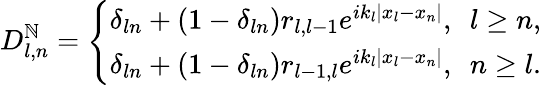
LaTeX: D_{l,n}^{\mathbb{N}}=\left\{ \begin{array}{ll}{\delta_{ln}+(1-\delta_{ln})r_{l,l-1}e^{ik_{l}|x_{l}-x_{n}|},\ \ l\ge n,}\\ {\delta_{ln}+(1-\delta_{ln})r_{l-1,l}e^{ik_{l}|x_{l}-x_{n}|},\ \ n\ge l.}\end{array}\right.